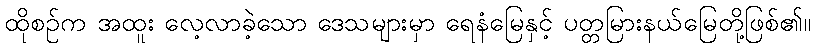
ထိုစဉ်က အထူး လေ့လာခဲ့သော ဒေသများမှာ ရေနံမြေနှင့် ပတ္တမြားနယ်မြေတို့ဖြစ်၏။